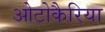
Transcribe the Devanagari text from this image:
ओटोकैरिया